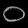
Digit: ၀